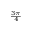
\scriptstyle { \frac { 3 \pi } { 4 } }